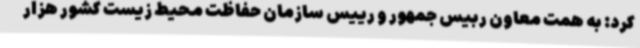
کرد: به همت معاون ربیس جمهور و رییس سازمان حفاظت محیط زیست کشور هزار